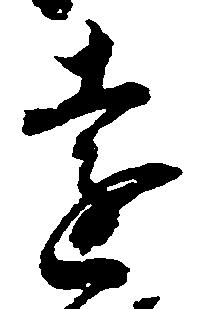
遠